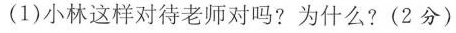
(1)小林这样对待老师对吗?为什么?(2分)